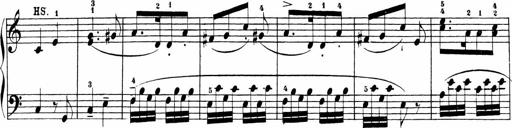
Title: Sonatinas
Composer: Andrew Violette